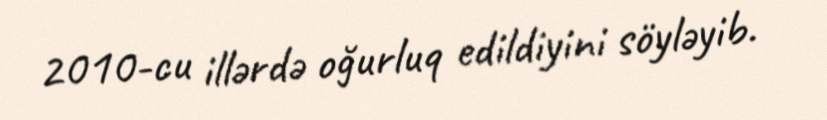
2010-cu illərdə oğurluq edildiyini söyləyib.